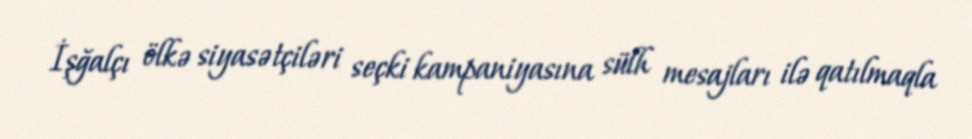
İşğalçı ölkə siyasətçiləri seçki kampaniyasına sülh mesajları ilə qatılmaqla